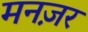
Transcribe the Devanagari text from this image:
मनज़र